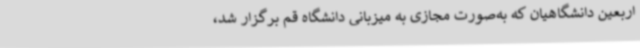
اربعین دانشگاهیان که به‌صورت مجازی به میزبانی دانشگاه قم برگزار شد،